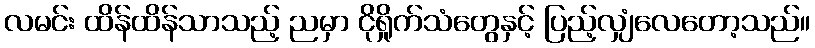
လမင်း ထိန်ထိန်သာသည့် ညမှာ ငိုရှိုက်သံတွေနှင့် ပြည့်လျှံလေတော့သည်။